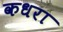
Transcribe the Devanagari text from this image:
कधरा